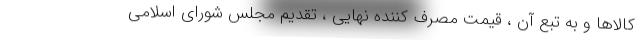
کالاها و به تبع آن ، قیمت مصرف کننده نهایی ، تقدیم مجلس شورای اسلامی